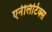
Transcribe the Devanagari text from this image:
एनेलिटिक्स